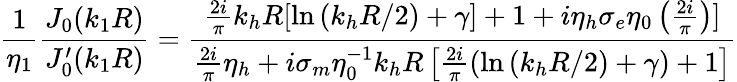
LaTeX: \frac{1}{\eta_{1}}\frac{J_{0}(k_{1}R)}{J_{0}^{\prime}(k_{1}R)}=\frac{\frac{2i}{\pi}k_{h}R[\ln{(k_{h}R/2)+\gamma]+1+i\eta_{h}\sigma_{e}\eta_{0}\left(\frac{2i}{\pi}\right)}]}{\frac{2i}{\pi}\eta_{h}+i\sigma_{m}\eta_{0}^{-1}k_{h}R\left[\frac{2i}{\pi}\left(\ln{(k_{h}R/2)+\gamma}\right)+1\right]}